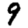
Digit: 9